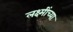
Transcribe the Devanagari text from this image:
लक्ष्मींच्या